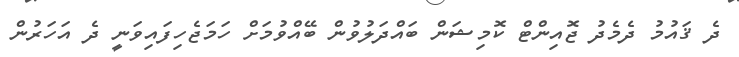
ދެ ޤައުމު ދެމެދު ޖޮއިންޓް ކޮމިޝަން ބައްދަލުވުން ބޭއްވުމަށް ހަމަޖެހިފައިވަނީ ދެ އަހަރުން